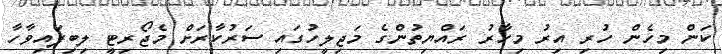
ކަން މިހެން ހުރި އިރު މިހާރު ރައްޔިތުންގެ މަޖިލީހުގައި ސަރުކާރަށް މެޖޯރިޓީ ލިބިފައިވާހާ